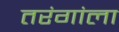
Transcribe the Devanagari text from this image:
तरंगांला